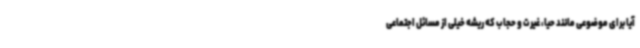
آیا برای موضوعی مانند حیا، غیرت و حجاب که ریشه خیلی از مسائل اجتماعی